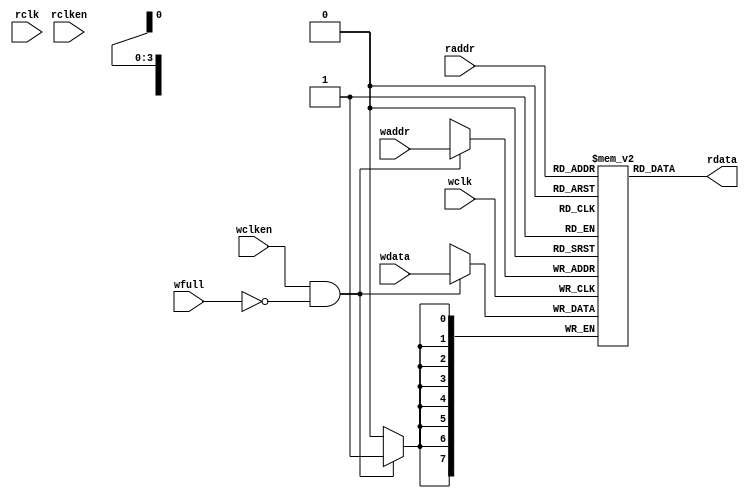
// distributed under the mit license
// https://opensource.org/licenses/mit-license.php

`timescale 1 ns / 1 ps
`default_nettype none

module fifo_mem

    #(
        parameter  DATASIZE = 8,    // Memory data word width
        parameter  ADDRSIZE = 4,    // Number of mem address bits
        parameter  FALLTHROUGH = "TRUE" // First word fall-through
    ) (
        input  wire                wclk,
        input  wire                wclken,
        input  wire [ADDRSIZE-1:0] waddr,
        input  wire [DATASIZE-1:0] wdata,
        input  wire                wfull,
        input  wire                rclk,
        input  wire                rclken,
        input  wire [ADDRSIZE-1:0] raddr,
        output wire [DATASIZE-1:0] rdata
    );

    localparam DEPTH = 1<<ADDRSIZE;

    reg [DATASIZE-1:0] mem [0:DEPTH-1];
    reg [DATASIZE-1:0] rdata_r;

    always @(posedge wclk) begin
        if (wclken && !wfull)
            mem[waddr] <= wdata;
    end

    generate
        if (FALLTHROUGH == "TRUE")
        begin : fallthrough
            assign rdata = mem[raddr];
        end
        else
        begin : registered_read
            always @(posedge rclk) begin
                if (rclken)
                    rdata_r <= mem[raddr];
            end
            assign rdata = rdata_r;
        end
    endgenerate

endmodule

`resetall